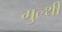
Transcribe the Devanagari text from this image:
गुल्थी